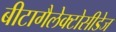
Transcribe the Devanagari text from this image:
बीटागैलेक्टोसीडेज